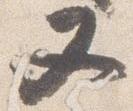
又